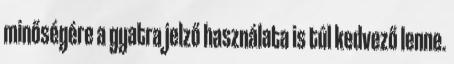
minőségére a gyatra jelző használata is túl kedvező lenne.